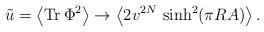
LaTeX: \begin{align*}\tilde{u}=\left< {\rm Tr}\,\Phi^2\right>\rightarrow \left<2 v^{2N}\,\sinh^2(\pi R A)\right>.\end{align*}